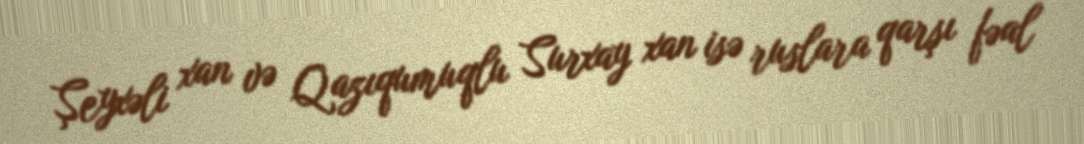
Şeyxəli xan və Qazıqumuqlu Surxay xan isə ruslara qarşı fəal